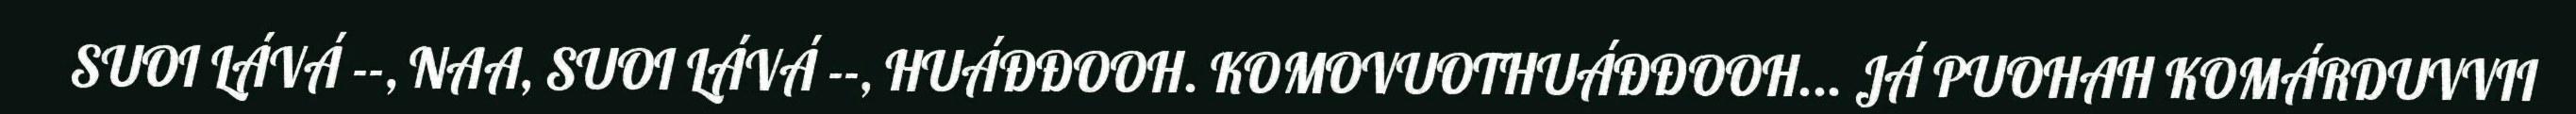
SUOI LÁVÁ --, NAA, SUOI LÁVÁ --, HUÁĐĐOOH. KOMOVUOTHUÁĐĐOOH... JÁ PUOHAH KOMÁRDUVVII